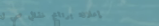
إعلان: برنامج غذائي صحي ل